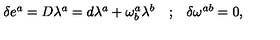
\begin{array} { l l l } { \delta e ^ { a } = D \lambda ^ { a } = d \lambda ^ { a } + \omega _ { b } ^ { a } \lambda ^ { b } } & { ; } & { \delta \omega ^ { a b } = 0 , } \\ \end{array}